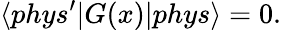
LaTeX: \langle phys^{\prime}|G(x)|phys\rangle=0.